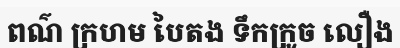
ពណ៌ ក្រហម បៃតង ទឹកក្រូច លឿង